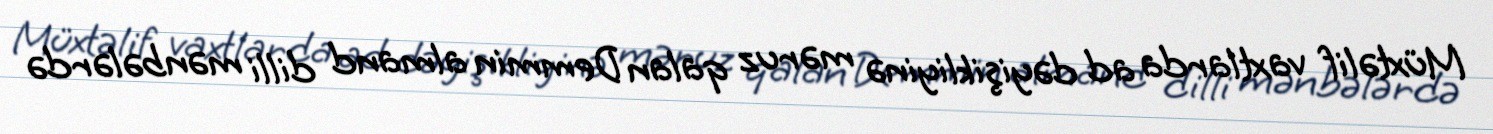
Müxtəlif vaxtlarda ad dəyişikliyinə məruz qalan Demmin almand dilli mənbələrdə